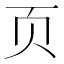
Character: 页